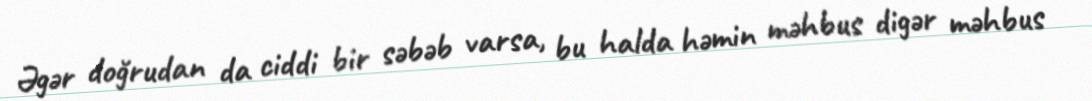
Əgər doğrudan da ciddi bir səbəb varsa, bu halda həmin məhbus digər məhbus